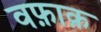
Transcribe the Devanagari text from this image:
वफ़ाक़